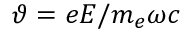
\vartheta = e E / m _ { e } \omega c